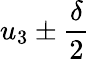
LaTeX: u_{3}\pm\frac{\delta}{2}